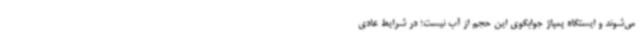
می‌شوند و ایستگاه پمپاژ جوابگوی این حجم از آب نیست؛ در شرایط عادی